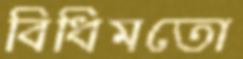
বিধিমতো